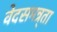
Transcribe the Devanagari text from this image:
वेदसमन्र्ता